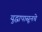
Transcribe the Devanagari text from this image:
युद्धापासूनचे